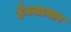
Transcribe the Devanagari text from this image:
हैक्सामार